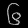
Digit: ၆